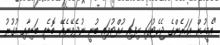
"އެމީހުން އަހަރެންގެ ޖެކެޓުގައި ހިފައި ހުއްޓުވައި ބުނީ ނުދެވޭނެއޭ. ބޮޑެތި ބަޑިއާއި މުގުރު